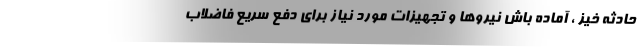
حادثه خیز ، آماده باش نیروها و تجهیزات مورد نیاز برای دفع سریع فاضلاب